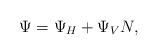
LaTeX: \begin{align*}\Psi=\Psi_{H}+\Psi_{V}N,\end{align*}